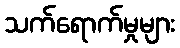
သက်ရောက်မှုများ